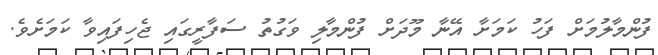
ފުންމާލުމަށް ފަހު ކަމަށާ އޭނާ މޫދަށް ފުންމާލި ވަގުތު ސަފާރީގައި ޖެހިފައިވާ ކަމަށެވެ.